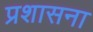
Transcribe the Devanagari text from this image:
प्रशासना